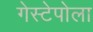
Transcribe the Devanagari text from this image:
गेस्टेपोला